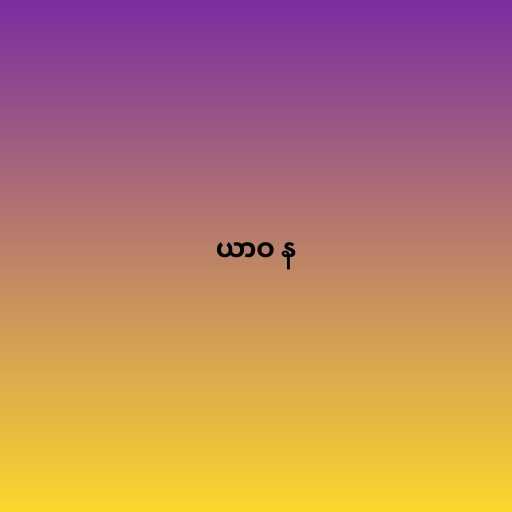
ယာဝ န